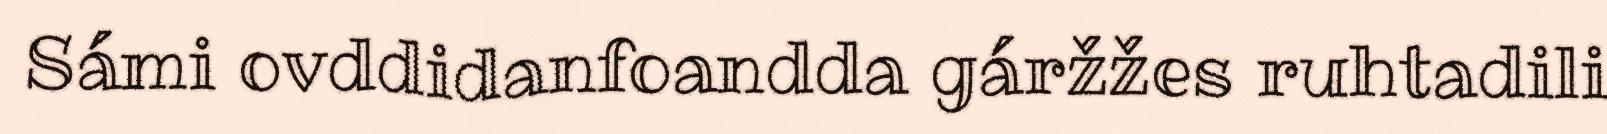
Sámi ovddidanfoandda gáržžes ruhtadili